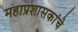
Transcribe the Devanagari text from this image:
महाप्रशासकांचे